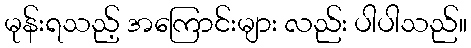
မုန်းရသည့် အကြောင်းများ လည်း ပါပါသည်။